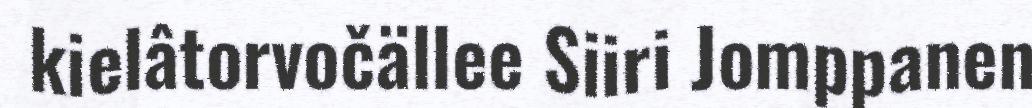
kielâtorvočällee Siiri Jomppanen